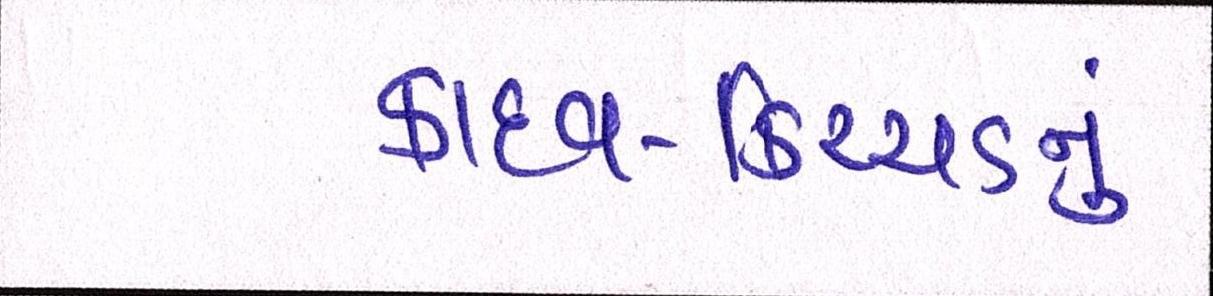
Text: કાદવ-કિચ્ચડનું